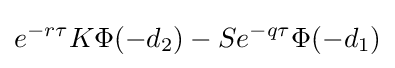
e^{-r\tau }K\Phi (-d_{2})-Se^{-q\tau }\Phi (-d_{1})